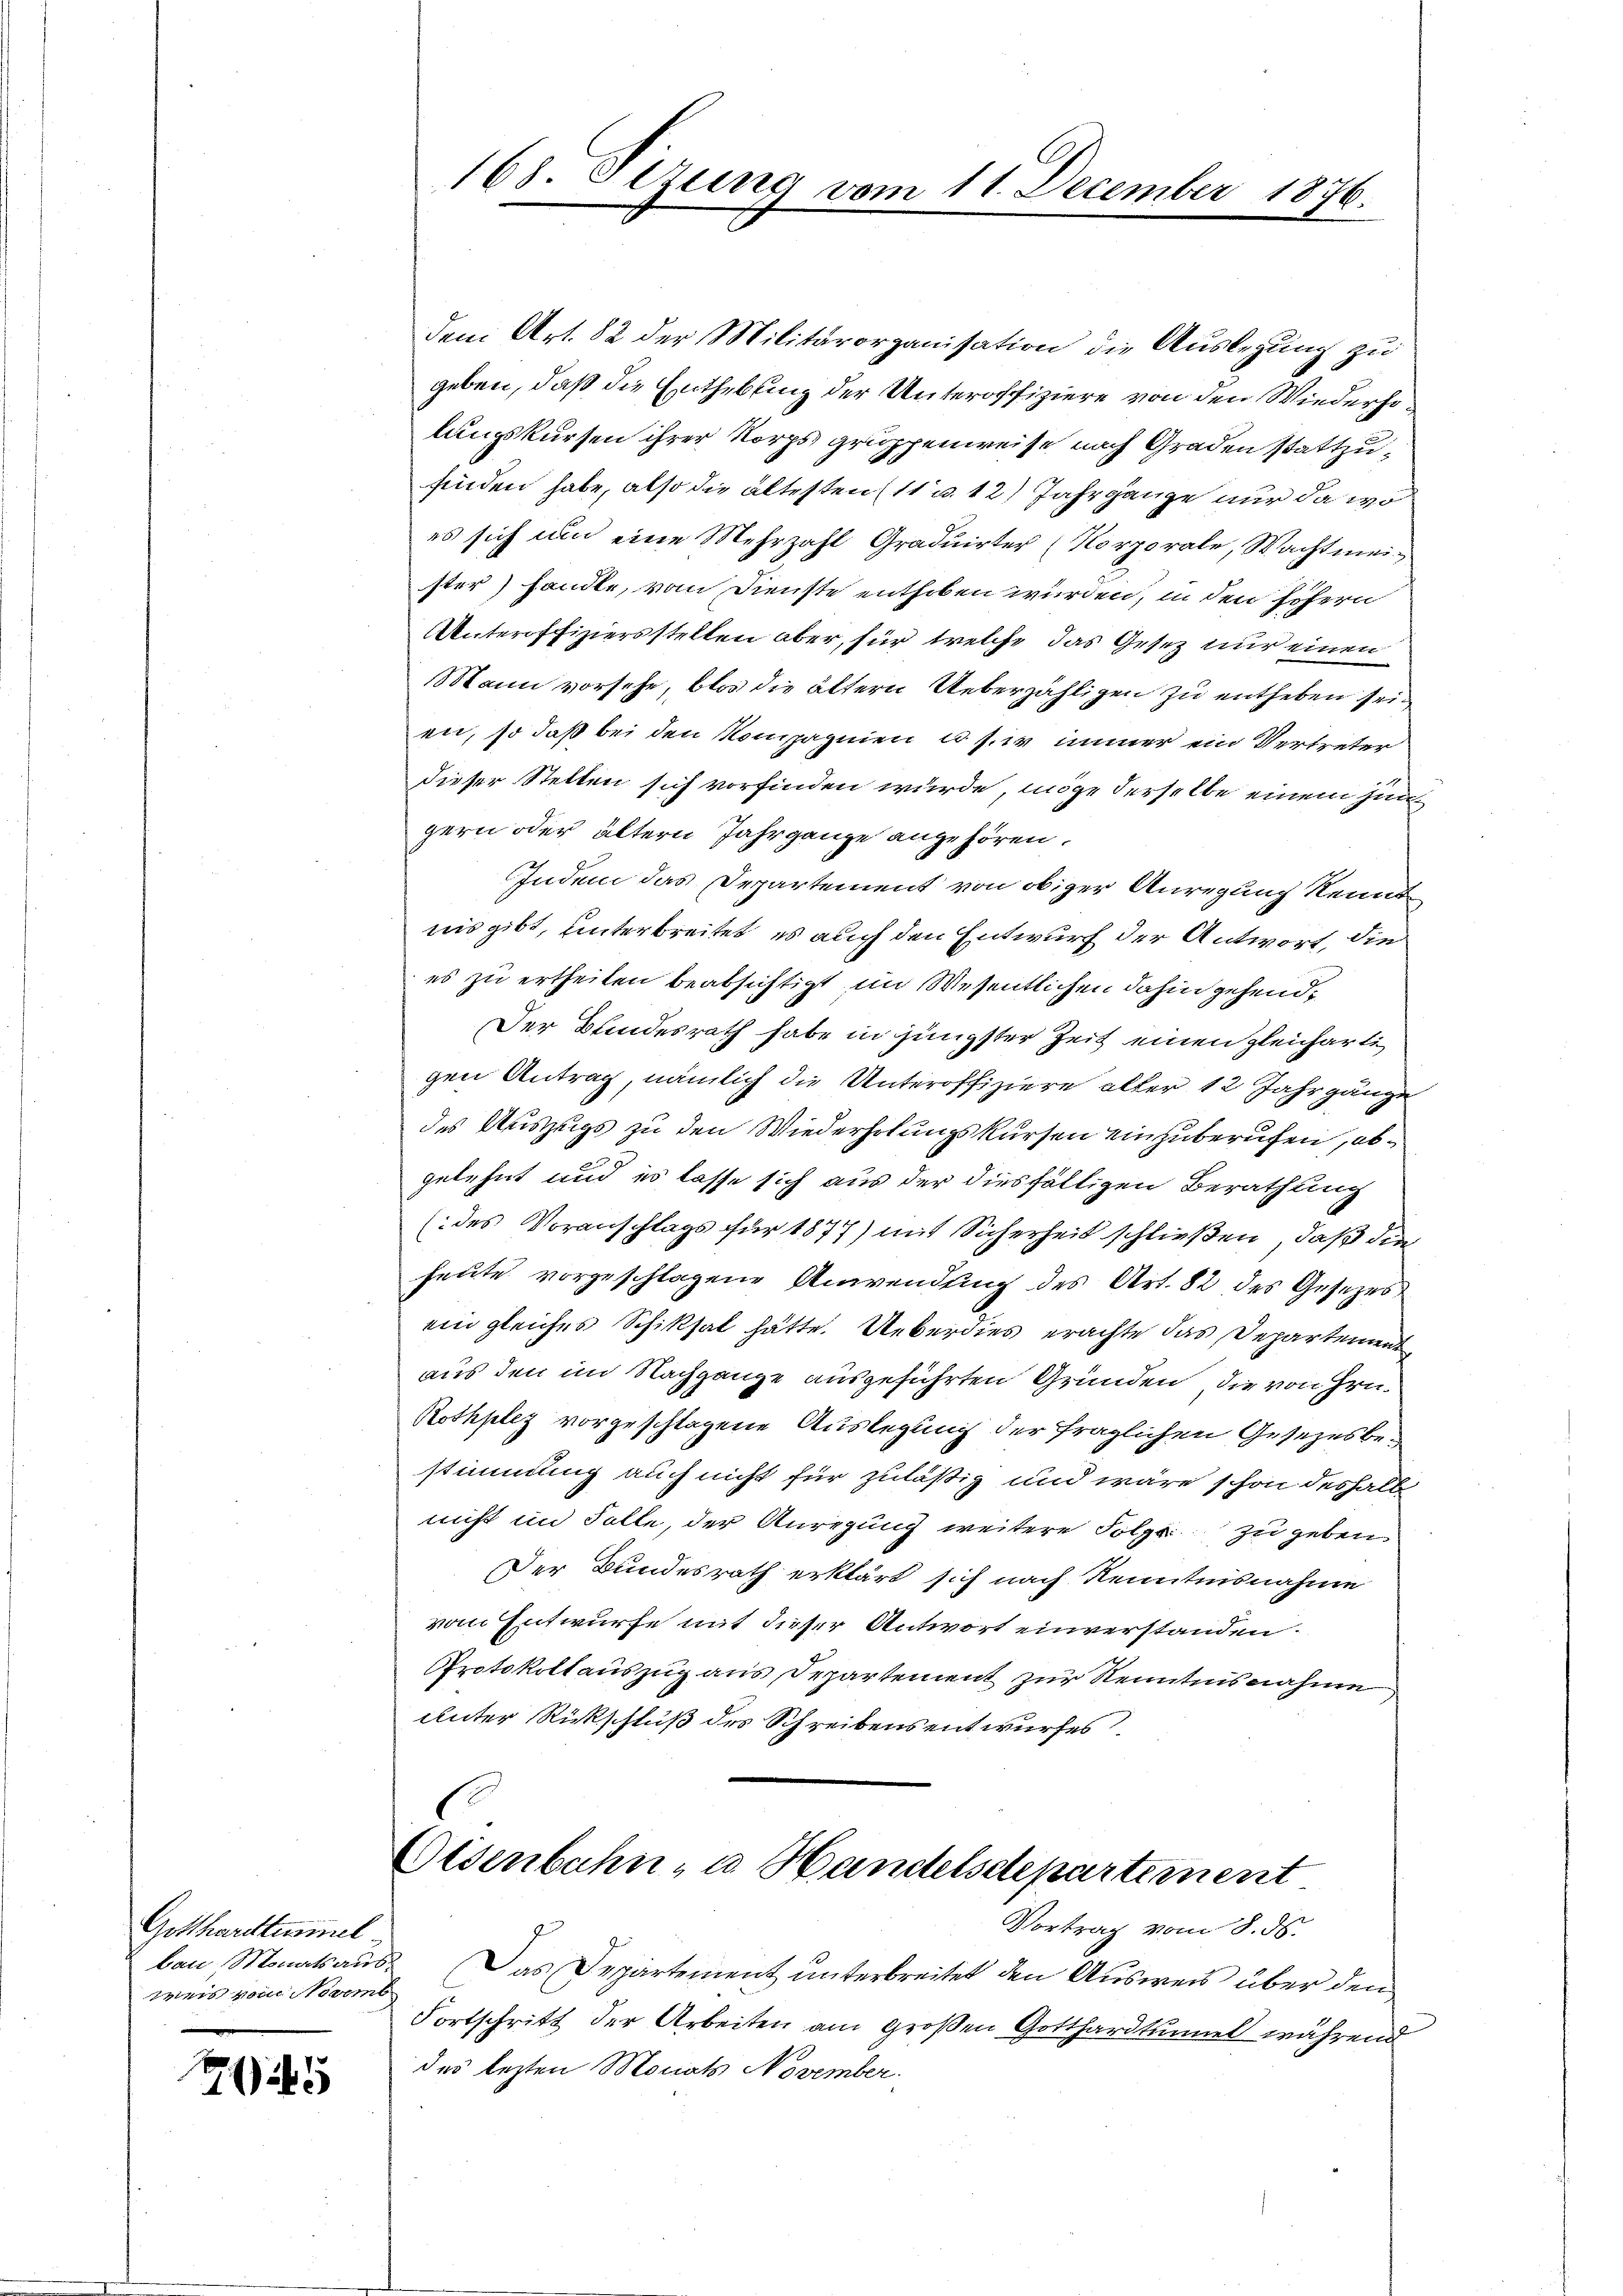
Gotthardtumul
weis vom Novemb

745

dem Art. 82 der Militärorganisation die Auslegung zu
geben, daß die Enthebung der Unteroffiziere von den Wiederho
lungskursen ihrer Korps gruppenweise nach Graden stattzufinden habe, also die ältesten (11 u. 12 Jahrgänge nur da wo
es sich um eine Mehrzahl Graduirter (Norporale, Wachtmeister) handle, vom Dienste enthoben würden, in den höhern
Unteroffiziersstellen aber, für welche das Gesetz nur einen
Mann vorsehe, blos die ältern Ueberzähligen zu entheben sein
en, so daß bei den Kompagnien u. s. in immer ein Vertreter
dieser Stellen sich vorfinden würde, möge derselbe einem Zungern oder ältern Jahrganze angehören.
Indem das Departement von obiger Anregung kennt
nis gibt, unterbreitet, es auch den Entwurf der Antwort, die
es zu ertheilen beabsichtigt im Wesentlichen dahin gehend¬
Der Bundesrath habe in jüngster Zeit einen gleichartigen Antrag, nämlich die Unteroffiziere aller 12 Jahrgänge
des Auszugs zu den Wiederholungskursen einzuberufen, abgelehnt und es lasse sich aus der diesfälligen Berathung
(des Voranschlags für 1877) mit Sicherheit schließen, daß die
heute vorgeschlagene Anwendung des Art. 82 des Gesezes
ein gleiches Schiksal hätte. Ueberdies erachte das Departement
aus den im Nachgange ausgeführten Gründen, die von Hrn.
Rothplez vorgeschlagene Auslegung der fraglichen Gesezesbestimmung auch nicht für zuläßig und wäre schon deshalb
nicht im Folle, der Anregung weitere Folge zu geben
Der Bundesrath erklärt sich nach Kenntnisnahme
vom Entwurfe mit dieser Antwort einverstanden.
Protokollauszug aus Departement zur Kenntnisnahme
Unter Rückschluß des Schreibens entwurfes
8

108. Sezung vom 11. December 1876.

Eisenbahn- u. Handelsdepartement
Vortrag vom 8. ds.

ban Monatsaus. Das Departement unterbreitet den Ausweis über dem
Fortschritt der Arbeiten am großen Gotthardtumel während
des lezten Monats November.